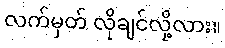
လက်မှတ် လိုချင်လို့လား။